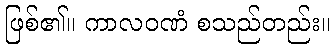
ဖြစ်၏။ ကာလဝဏံ စသည်တည်း။